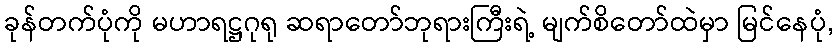
ခုန်တက်ပုံကို မဟာရဋ္ဌဂုရု ဆရာတော်ဘုရားကြီးရဲ့ မျက်စိတော်ထဲမှာ မြင်နေပုံ,